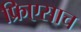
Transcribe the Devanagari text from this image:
फ्रिएसाच